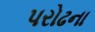
પરોઢના